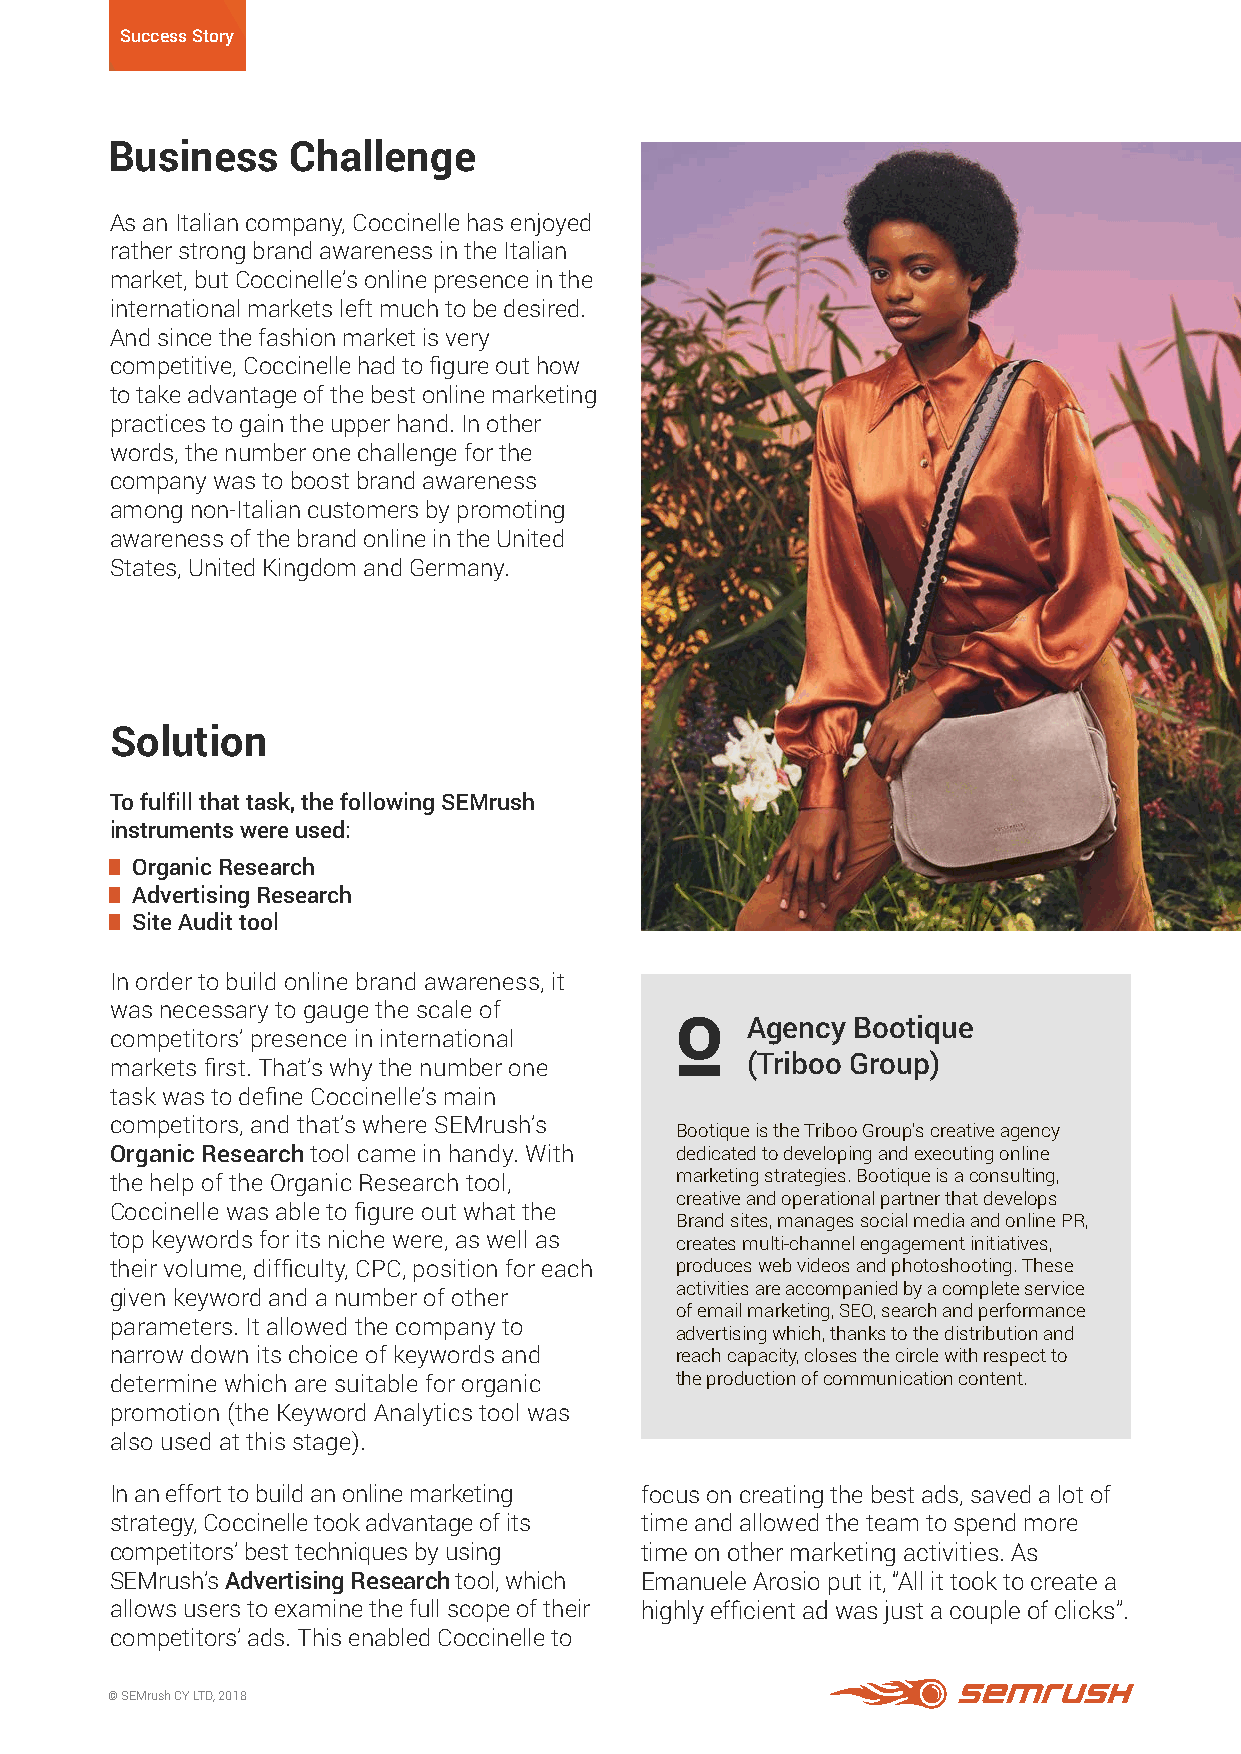
Success Story
 Business    Challenge
 As an Italian company, Coccinelle has enjoyed
 rather strong brand awareness in the Italian
 market, but Coccinelle’s online presence in the
 international markets left much to be desired.
 And since the fashion market is very
 competitive, Coccinelle had to figure out how
 to take advantage of the best online marketing
 practices to gain the upper hand. In other
 words, the number one challenge for the
 company was to boost brand awareness
 among non-Italian customers by promoting
 awareness of the brand online in the United
 States, United Kingdom and Germany.
 Solution
 To fulfill that task, the following SEMrush
 instruments were used:
 Organic Research
 Advertising Research
 Site Audit tool
 In order to build online brand awareness, it
 was necessary to gauge the scale of
 Agency  Bootique
 competitors’ presence in international
 (Triboo Group)
 markets first. That’s why the number one
 task was to define Coccinelle’s main
 competitors, and that’s where SEMrush’s
 Bootique is the Triboo Group's creative agency
 Organic Research tool came in handy. With dedicated to developing and executing online
 the help of the Organic Research tool, marketing strategies. Bootique is a consulting,
 creative and operational partner that develops
 Coccinelle was able to figure out what the
 Brand sites, manages social media and online PR,
 top keywords for its niche were, as well as creates multi-channel engagement initiatives,
 their volume, difficulty, CPC, position for each produces web videos and photoshooting. These
 activities are accompanied by a complete service
 given keyword and a number of other
 of email marketing, SEO, search and performance
 parameters. It allowed the company to
 advertising which, thanks to the distribution and
 narrow down its choice of keywords and reach capacity, closes the circle with respect to
 determine which are suitable for organic the production of communication content.
 promotion (the Keyword Analytics tool was
 also used at this stage).
 In an effort to build an online marketing focus on creating the best ads, saved a lot of
 strategy, Coccinelle took advantage of its time and allowed the team to spend more
 competitors’ best techniques by using time on other marketing activities. As
 SEMrush’s Advertising Research tool, which Emanuele Arosio put it, “All it took to create a
 allows users to examine the full scope of their highly efficient ad was just a couple of clicks”.
 competitors’ ads. This enabled Coccinelle to
 © SEMrush CY LTD, 2018